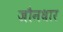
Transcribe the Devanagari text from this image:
जौनधार